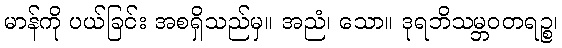
မာန်ကို ပယ်ခြင်း အစရှိသည်မှ။ အညံ၊ သော။ ဒုရဘိသမ္ဘဝတရဉ္စ၊